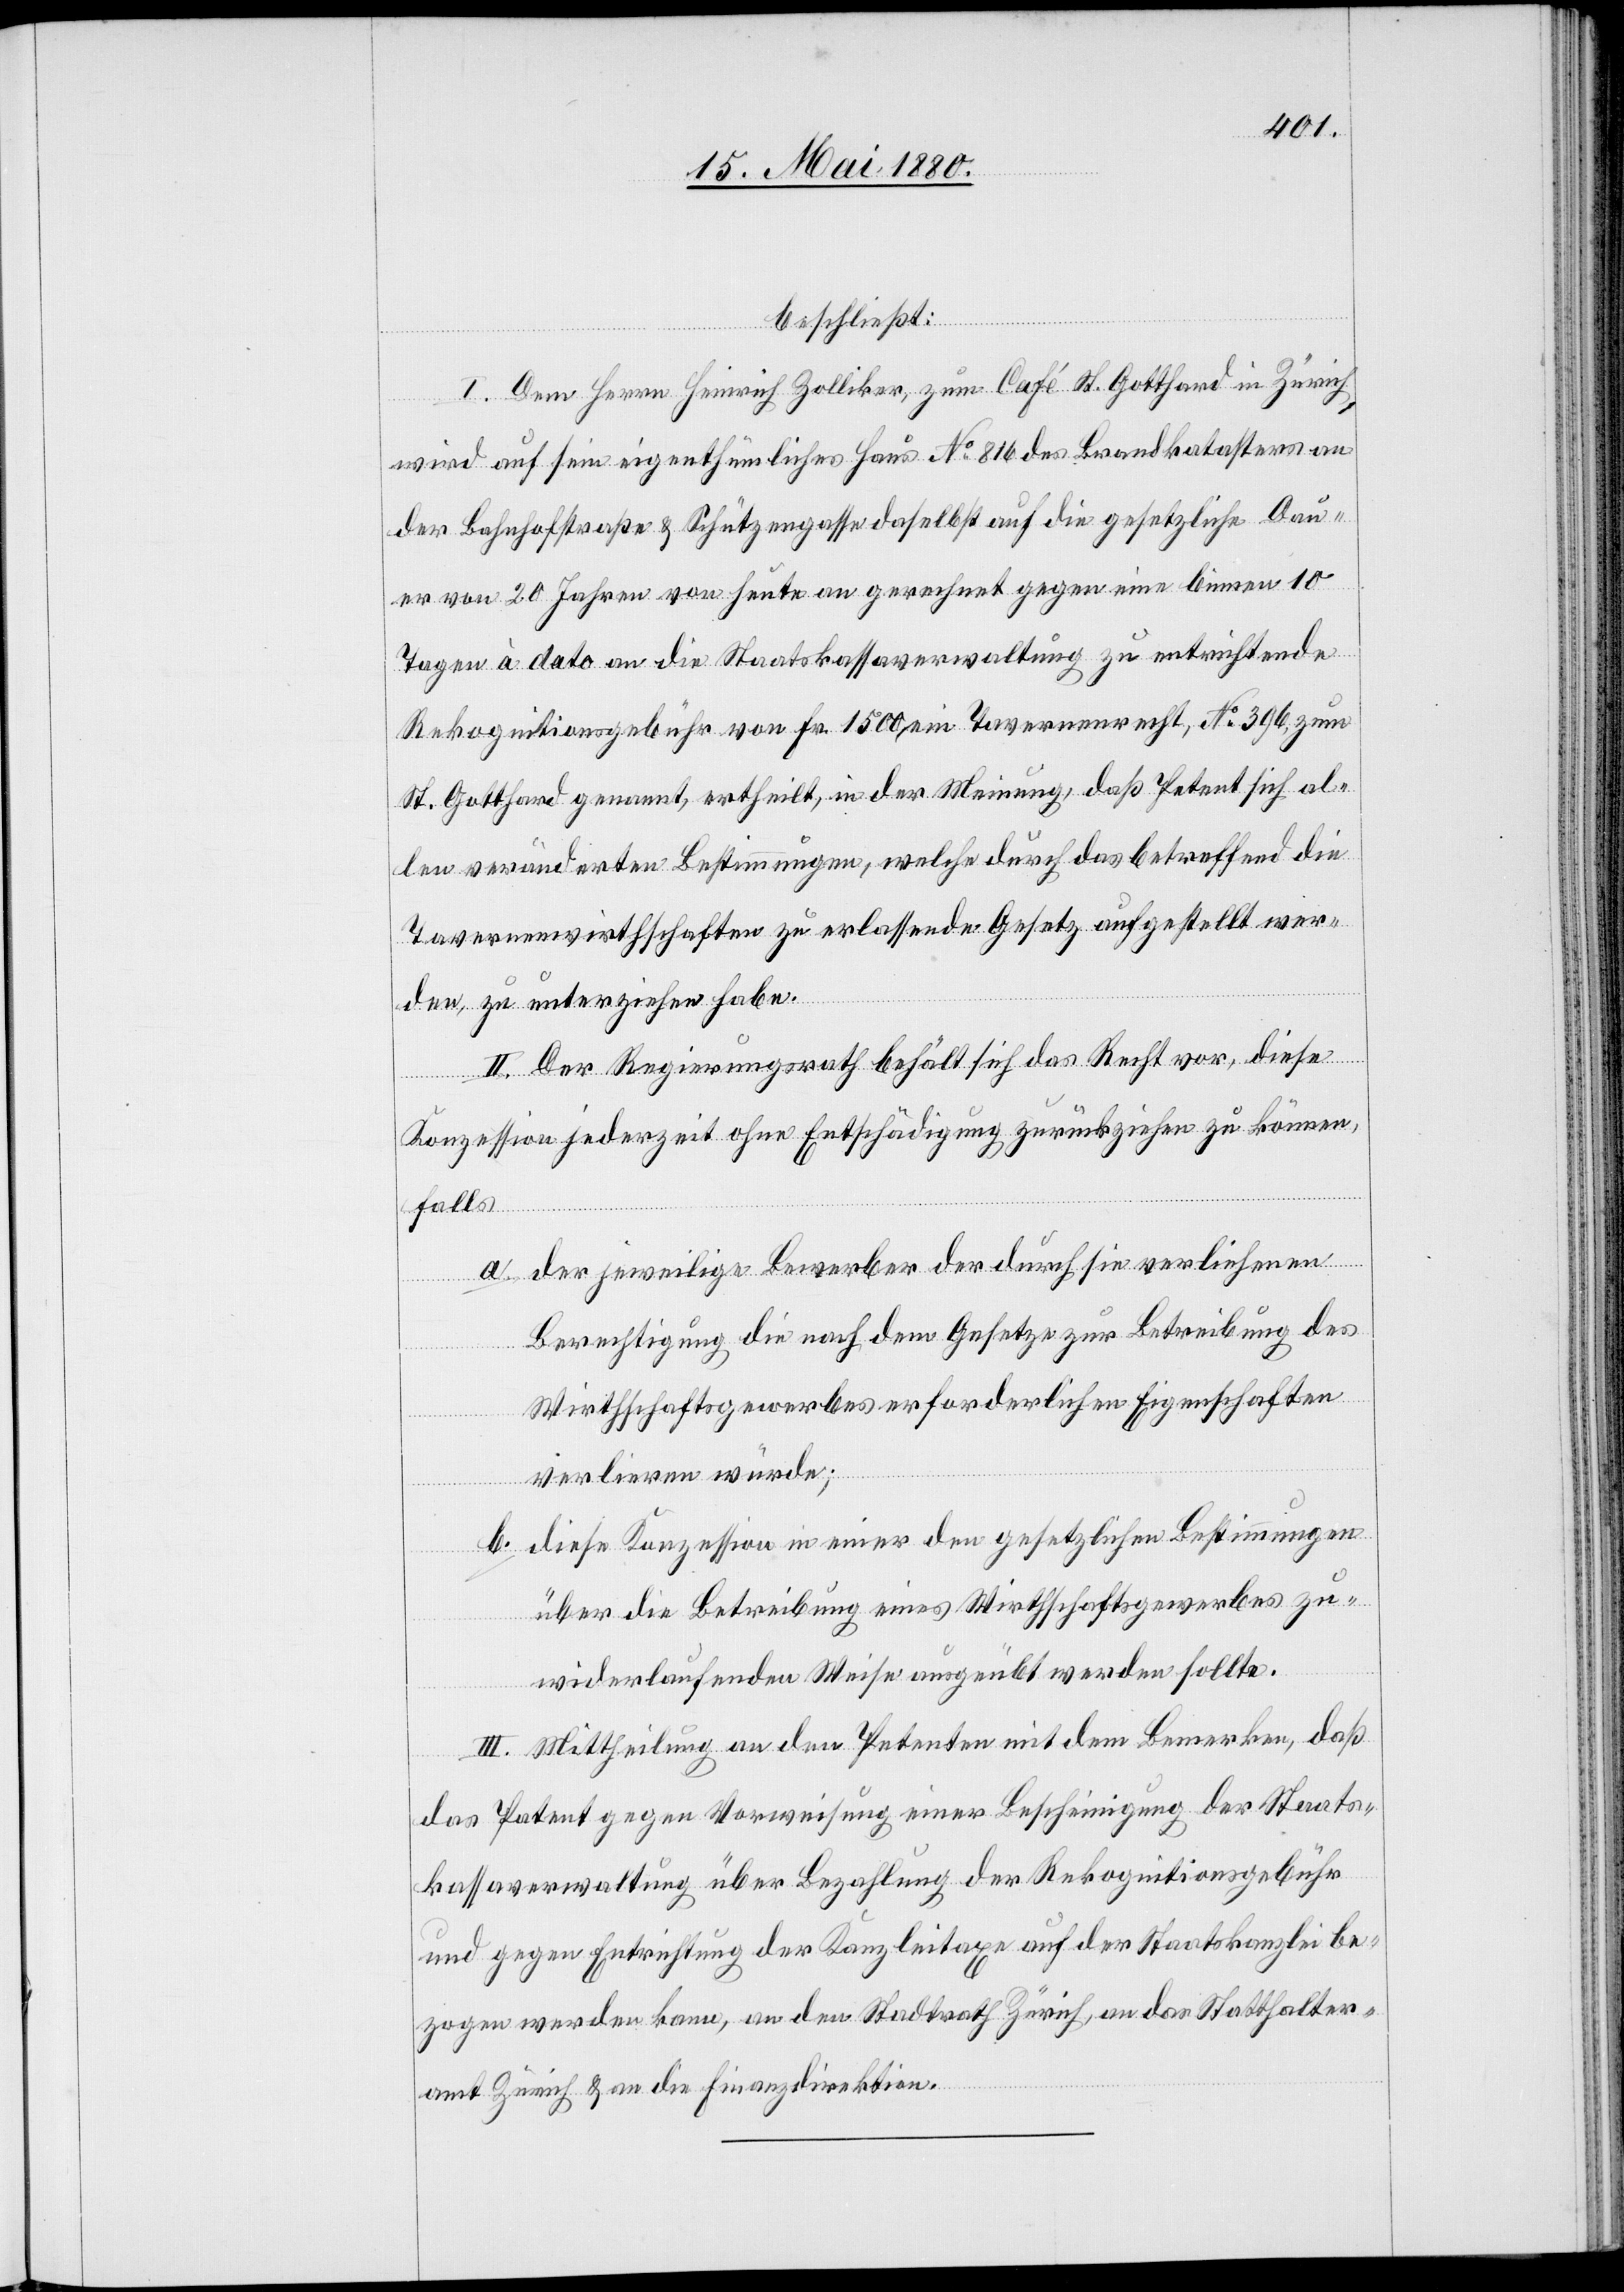
beschließt:
I. Dem Herrn Heinrich Zollinger, zum Café St. Gotthard in Zürich,
wird auf sein eigenthümliches Haus No 816 des Brandkatasters an
der Bahnhofstraße & Schützengasse daselbst auf die gesetzliche Dau¬
er von 20 Jahren von heute an gerechnet gegen eine binnen 10
Tagen à dato an die Staatskassaverwaltung zu entrichtende
Rekognitionsgebühr von Fr. 1500 ein Tavernenrecht, No 396, zum
St. Gotthard genannt, ertheilt, in der Meinung, daß Petent sich al¬
len veränderten Bestimmungen, welche durch das betreffend die
Tavernenwirthschaften zu erlassende Gesetz aufgestellt wer¬
den, zu unterziehen habe.
II. Der Regierungsrath behält sich das Recht vor, diese
Konzession jederzeit ohne Entschädigung zurückziehen zu können,
falls
a. der jeweilige Bewerber der durch sie verliehenen
Berechtigung die nach dem Gesetze zur Betreibung des
Wirthschaftsgewerbes erforderlichen Eigenschaften
verlieren würde;
b. diese Konzession in einer den gesetzlichen Bestimmungen
über die Betreibung eines Wirthschaftsgewerbes zu¬
widerlaufenden Weise ausgeübt werden sollte.
III. Mittheilung an den Petenten mit dem Bemerken, daß
das Patent gegen Vorweisung einer Bescheinigung der Staats¬
kassaverwaltung über Bezahlung der Rekognitionsgebühr
und gegen Entrichtung der Kanzleitaxe auf der Staatskanzlei be¬
zogen werden kann, an den Stadtrath Zürich, an das Statthalter¬
amt Zürich & an die Finanzdirektion.